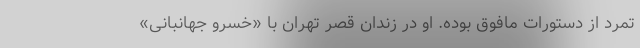
تمرد از دستورات مافوق بوده. او در زندان قصر تهران با «خسرو جهانبانی»